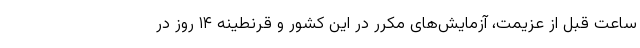
ساعت قبل از عزیمت، آزمایش‌های مکرر در این کشور و قرنطینه ۱۴ روز در